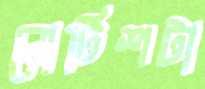
নোটিশটা